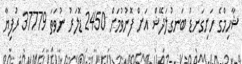
ޝާހިމްގެ ހަށިގަނޑު ބަނގުލަދޭޝް އަށް ފޮނުވުމަށް 2450 ޑޮލަރު ނުވަތަ 37779 ރުފިޔާ